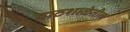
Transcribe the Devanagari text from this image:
पाठशाळेतील